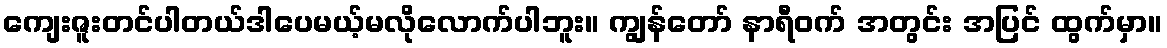
ကျေးဇူးတင်ပါတယ်ဒါပေမယ့်မလိုလောက်ပါဘူး။ ကျွန်တော် နာရီဝက် အတွင်း အပြင် ထွက်မှာ။